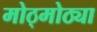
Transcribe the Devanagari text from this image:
मोठ्मोठ्या